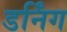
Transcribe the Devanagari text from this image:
डर्निंग